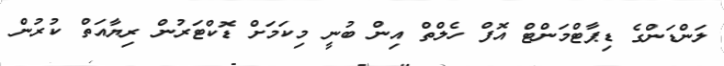
ލަންޑަންގެ ޑިޕާޓްމަންޓް އޮފް ހެލްތް އިން ބުނީ މިކަމަށް ޑޮކްޓަރުން ރިޔާއަތް ކުރުން